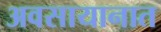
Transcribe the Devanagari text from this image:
अवसायानात